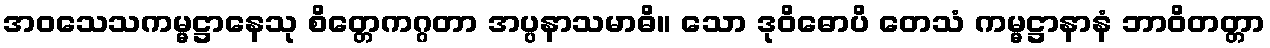
အဝသေသကမ္မဋ္ဌာနေသု စိတ္တေကဂ္ဂတာ အပ္ပနာသမာဓိ။ သော ဒုဝိဓောပိ တေသံ ကမ္မဋ္ဌာနာနံ ဘာဝိတတ္တာ